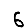
Digit: 6